Lunatic asylums Madras 1892-1911 - 1892-1911
Year: 1892
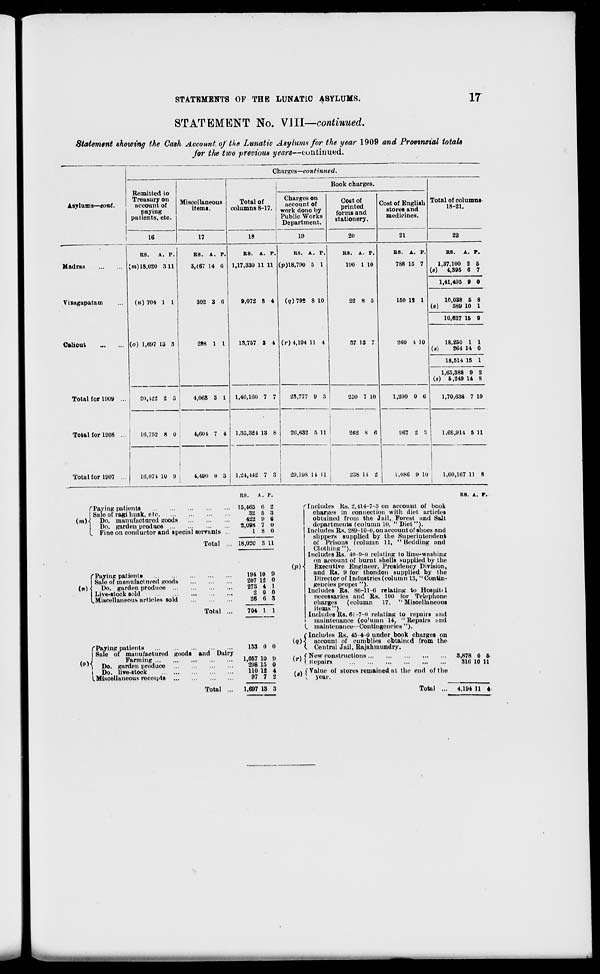
STATEMENTS OF THE LUNATIC ASYLUMS,
17
STATEMENT No. VIII—continued.
Statement showing the Cash Account of the Lunatic Asylums for the year 1909 and Provincial totals
for the two previous years—euiithiued.
Charges—continued.
Remitted to
Treasury on
account of
paying
patients, etc.
Miscellaneous
itemi.
Total of
columns 8-17.
Book charges.
Asylums—tont.
Charges on
account Of
work done by
Public Works
Department.
Cost of
printed
forms and
stationery.
Cost of English
stores and
medicines.
Total of columns
18-21.
16
17
18
19
20
21
22
Madras
RS.
A, P.
[m) 18,020 311
(») 704 1 1
(o) 1,697 13 8
US. A. F.
3,467 14 (5
302 3 6
298 1 I
RS. A. P.
1,17,330 11 11
9,072 8 4
13,757 S 4
RS. A. P.
(p)l8,790 0 1
(q) 78! 8 10
(r) 4,194 11 4
R8. A. P.
190 1 10
22 8 0
37 13 7
B9. A. P.
788 15 7
150 12 1
260 1 10
R8.
A. P.
1,37,100 2 5
O) 4,395 6 7
1,41,495 9 0
Vizagapatam
10,038 5 8
(*)
589 10 1
10,627 16 9
Calicut
18,250 1 1
O)
264 14 0
18,514 15 1
1,65,388 9 2
(s) 5,249 14 8
Total for 1909 ...
20,422 2 3
4,008 8 1 1,40,100 7 7
28,777 8 3
250 7 10
1,200 0 6
1,70,638 7 10
Total for 1908 ...
16,752 8 0
4,601 7 4 1.35,324 13 8
2(i,«32 IS 11
262 8 6
i
967 2 3
1,68,914 5 11
Total for 1907 ...
16,074 10 D
1,400 0 3 1,24,442 7 3
29,198 LI 11
238 It 2
1,086 9 10
1,60,167 11 8
RS.
A. P.
R8. A. P.
("Paying patients
| Sale of ragi husk, etc
(»»)•< Do. manufactured goods
Do. garden produce
L Fine on conductor and special servants ...
f Paying patients
| Sale of in arm fact n rod goods
(») \ Do. garden produce ...
Live-stock sold
LMiscellaneous articles sold
Total
15,465 6 2
32 5 3
422 9 6
2,098 7 0
18 0
Total ... 18,020 3 U
(o){
f Paying patients
I Sale of manufactured goods and Dairy
Farming
Do. garden produce
I Do. live-stock
LMiscellaneous receipts
Total ...
194 10 9
207 12 0
273 4 1
2 0 0
26 6 3
704 1 1
133 0 0
1,057 10 9
298 15 0
110 12 4
97 7 2
1,697 13 3
(P)<
I
(</)j
<r){
Includes Its. 2,414-7-3 on account of book
charges in connection with diet articles
obtained from the Jail, Forest and Salt
departments (column 10, "Diet").
Includes Rs. 289-10-0, on account of shoes and
slippers supplied by the Superintendent
of Prisons (column 11, " Hedding and
Clothing").
Includes Rs. 40-9-0 relating 1o lime-wasliing
on account of burnt shells supplied by the
Executive Engineer, Presidency Division,
and Rs. 9 for thondon supplied by the
Director of Industries (column 13, "Contin-
gencies propet ").
Includes Rs. 86-11-6 relating to Hospiti 1
necessaries and Rs. 100 for Telephone
charges
(column
17, "Miscellaneous
items")
Includes Rs. 61-7-0 relating to repairi and
maintenance (co'umn 14, "Repairs mid
maintenance—Contingencies").
Includes Rs. 45 4-0 under book charges on
account of cuniblies obtained from the
Central Jail, Rajahmundry.
New constructions
Kcpuirs
Value of stores remained at the end of the
year.
8,878 0 5
316 10 11
Total
4,194 11 4